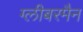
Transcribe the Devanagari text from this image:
ग्लीबरमैन